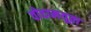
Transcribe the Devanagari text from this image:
वोदामयूता